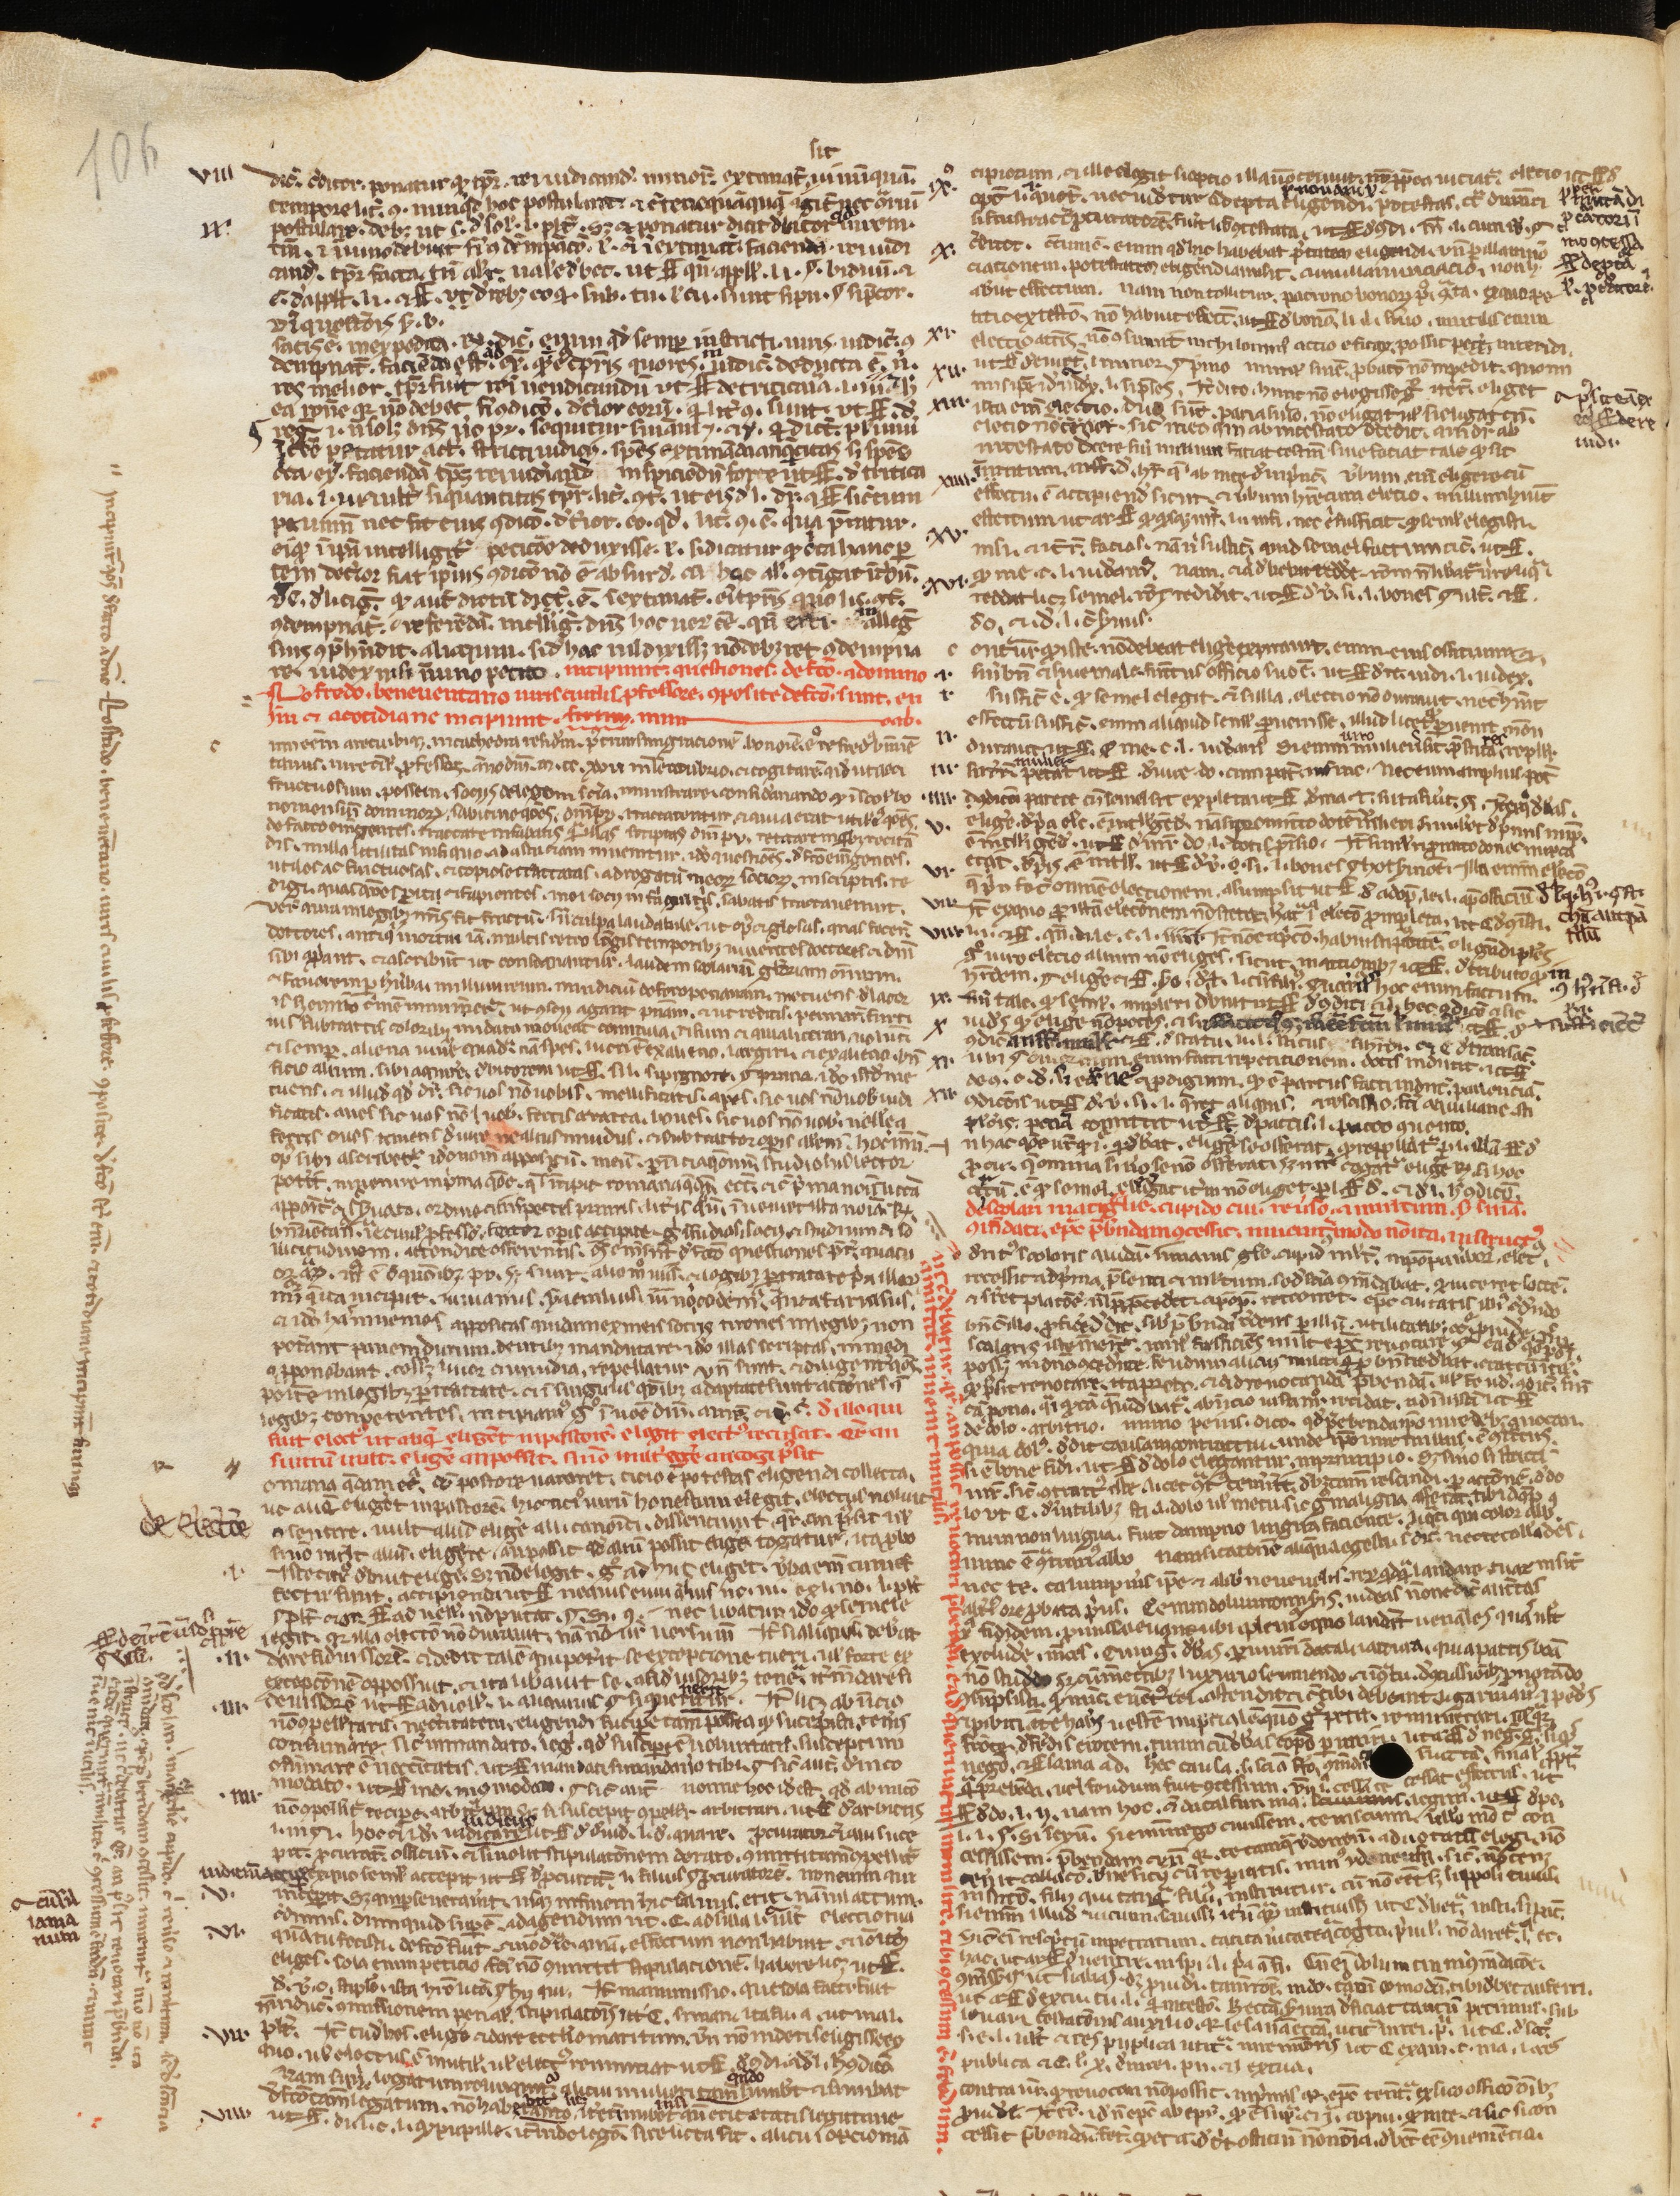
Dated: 1200–1224